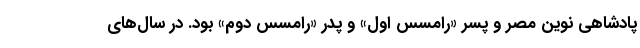
پادشاهی نوین مصر و پسر «رامسس اول» و پدر «رامسس دوم» بود. در سال‌های